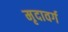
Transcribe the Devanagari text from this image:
मृदावर्ग